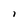
Character: i